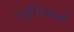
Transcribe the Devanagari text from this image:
ल्युसिआनो